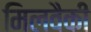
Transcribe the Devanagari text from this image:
मिलवैकी